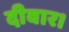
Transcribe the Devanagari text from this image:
दीवार।